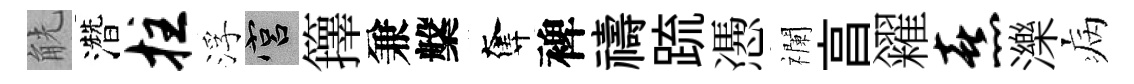
觥濳拄浮宫籜兼槃奪裨禱䟽慿襴亯糴熹濼病